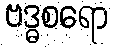
ဗဒ္ဓစရော